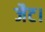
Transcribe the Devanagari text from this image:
जैट।